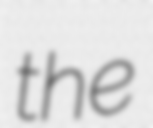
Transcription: the